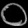
Digit: ၀